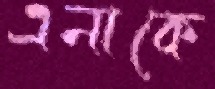
এনাকে